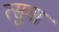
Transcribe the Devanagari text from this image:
त्सुगा